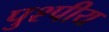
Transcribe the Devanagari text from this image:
पुश्पीय